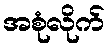
အစုံလိုက်